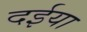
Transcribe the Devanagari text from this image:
दईया